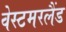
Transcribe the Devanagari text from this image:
वेस्टमरलैंड